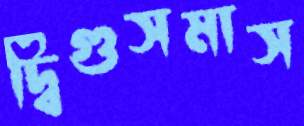
দ্বিগুসমাস